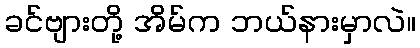
ခင်ဗျားတို့ အိမ်က ဘယ်နားမှာလဲ။